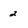
Character: 2